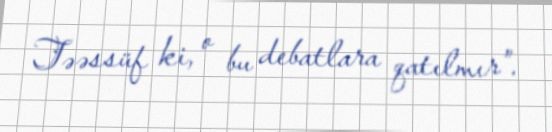
Təəssüf ki, o bu debatlara qatılmır”.